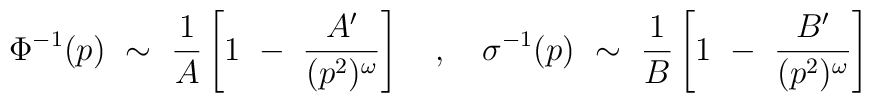
\Phi^{-1}(p) ~ \sim ~ \frac{1}{A} \left[ 1 ~-~ \frac{A^\prime}{(p^2)^{\omega}} \right] ~~~,~~~ \sigma^{-1}(p) ~ \sim ~ \frac{1}{B} \left[ 1 ~-~ \frac{B^\prime}{(p^2)^{\omega}} \right]